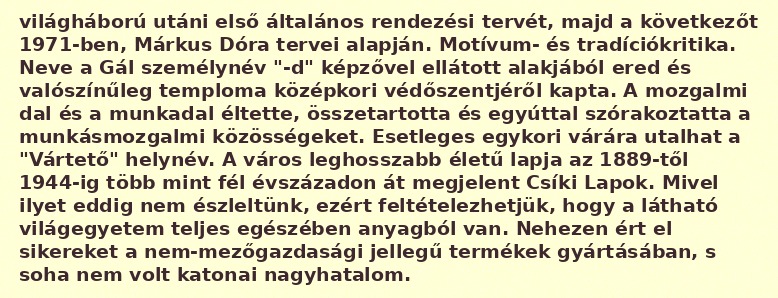
világháború utáni első általános rendezési tervét, majd a következőt 1971-ben, Márkus Dóra tervei alapján. Motívum- és tradíciókritika. Neve a Gál személynév "-d" képzővel ellátott alakjából ered és valószínűleg temploma középkori védőszentjéről kapta. A mozgalmi dal és a munkadal éltette, összetartotta és egyúttal szórakoztatta a munkásmozgalmi közösségeket. Esetleges egykori várára utalhat a "Vártető" helynév. A város leghosszabb életű lapja az 1889-től 1944-ig több mint fél évszázadon át megjelent Csíki Lapok. Mivel ilyet eddig nem észleltünk, ezért feltételezhetjük, hogy a látható világegyetem teljes egészében anyagból van. Nehezen ért el sikereket a nem-mezőgazdasági jellegű termékek gyártásában, s soha nem volt katonai nagyhatalom.